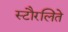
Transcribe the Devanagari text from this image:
स्टौरलिते